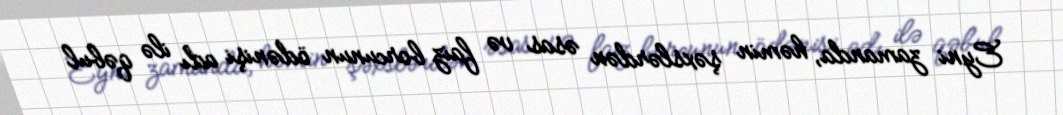
Eyni zamanda, həmin şəxslərdən əsas və faiz borcunun ödənişi adı ilə qəbul